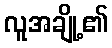
လူအချို့၏